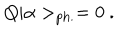
LaTeX: Q | \alpha > _ { \mathrm { p h . } } = 0 ~ .